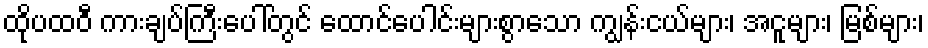
ထိုပထဝီ ကားချပ်ကြီးပေါ်တွင် ထောင်ပေါင်းများစွာသော ကျွန်းငယ်များ၊ အငူများ၊ မြစ်များ၊